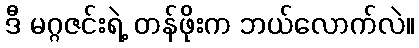
ဒီ မဂ္ဂဇင်းရဲ့ တန်ဖိုးက ဘယ်လောက်လဲ။